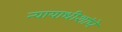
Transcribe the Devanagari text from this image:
न्यायाधीशांचे